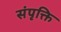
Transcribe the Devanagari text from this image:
संपृक्ति